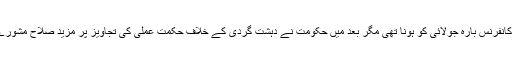
دہشت گردی کے مسئلے پر پہلے یہ کل جماعتی کانفرنس بارہ جولائی کو ہونا تھی مگر بعد میں حکومت نے دہشت گردی کے خلاف حکمت عملی کی تجاویز پر مزید صلاح مشورے اور غوروخوض کے لیے اسے مؤخر کردیا تھا۔